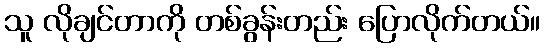
သူ လိုချင်တာကို တစ်ခွန်းတည်း ပြောလိုက်တယ်။